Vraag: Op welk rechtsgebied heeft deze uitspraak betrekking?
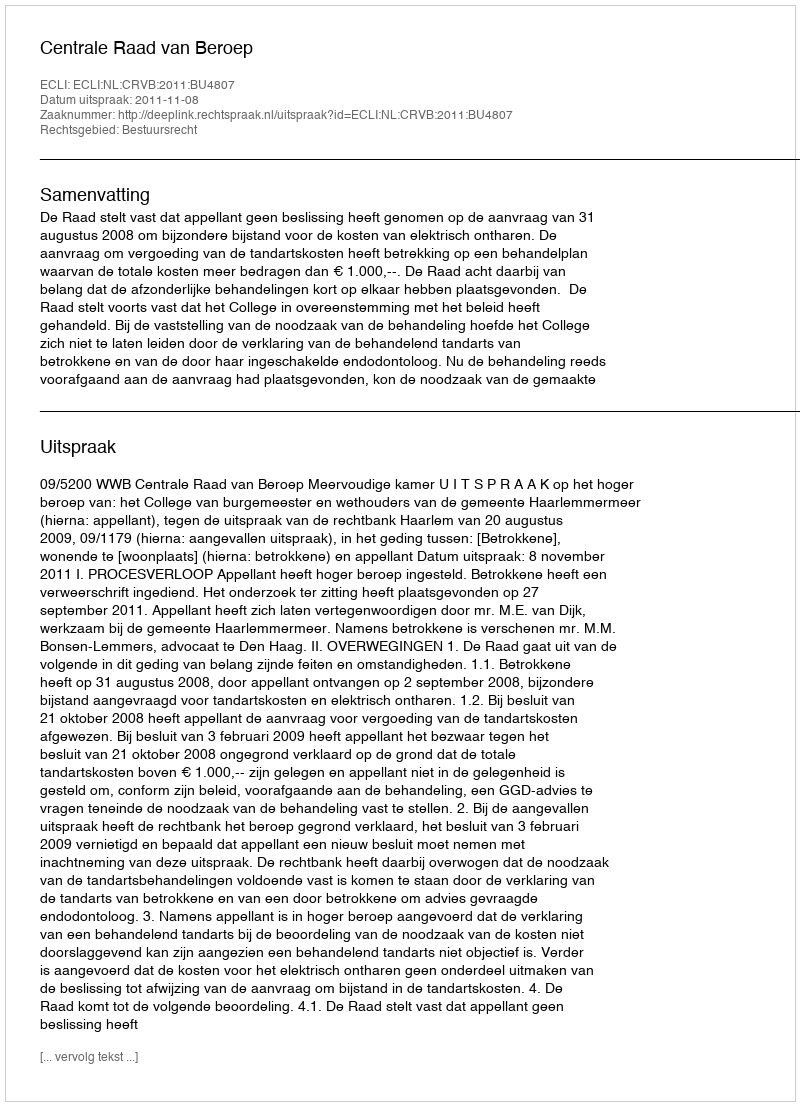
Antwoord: Bestuursrecht